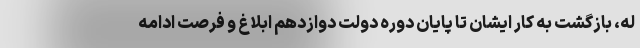
له، بازگشت به کار ایشان تا پایان دوره دولت دوازدهم ابلاغ و فرصت ادامه